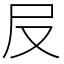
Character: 㞋